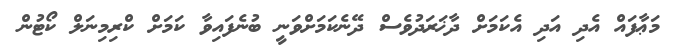
މަޢާފައް އެދި އަދި އެކަމަށް ދާޚަރަދުވެސް ދޭނެކަމަށްވަނީ ބުނެފައިވާ ކަމަށް ކްރިމިނަލް ކޯޓުން